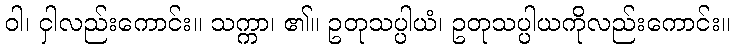
ဝါ၊ ငှါလည်းကောင်း။ သက္ကာ၊ ၏။ ဥတုသပ္ပါယံ၊ ဥတုသပ္ပါယကိုလည်းကောင်း။